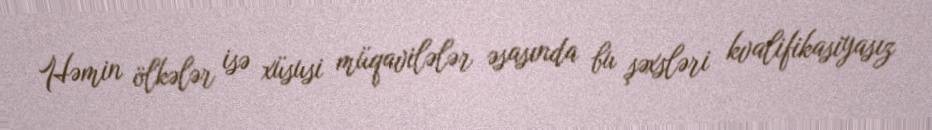
Həmin ölkələr isə xüsusi müqavilələr əsasında bu şəxsləri kvalifikasiyasız